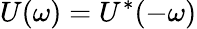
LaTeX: U(\omega)=U^{*}(-\omega)